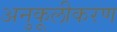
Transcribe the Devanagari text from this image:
अनुकूलीकरण